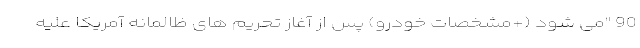
90 "می شود (+مشخصات خودرو) پس از آغاز تحریم های ظالمانه آمریکا علیه